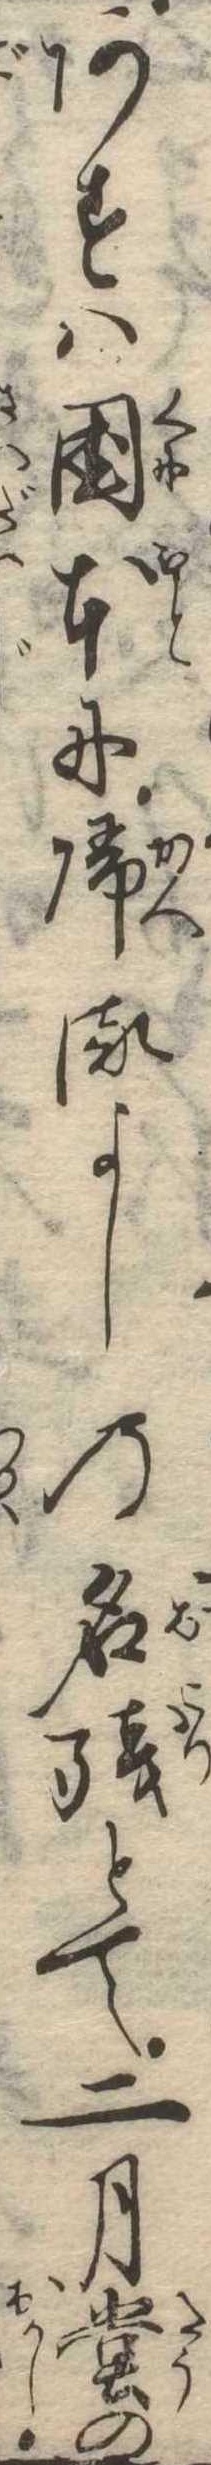
あすは国本に帰るよしの名残とて二月堂の